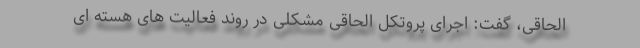
الحاقی، گفت: اجرای پروتکل الحاقی مشکلی در روند فعالیت های هسته ای